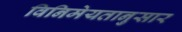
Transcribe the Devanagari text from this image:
विनिमेयतानुसार